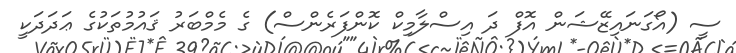
ސީ (އޯގަނައިޒޭޝަން އޮފް ދަ އިސްލާމިކް ކޮންފަރެންސް) ގެ މެމްބަރު ޤައުމުތަކުގެ ޢަދަދަކީ